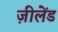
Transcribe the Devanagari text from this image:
ज़ीलेंड